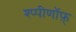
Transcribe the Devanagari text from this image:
श्प्पीणॉफ़्